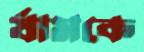
র‍্যামকে